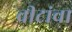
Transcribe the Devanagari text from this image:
वीटांचा